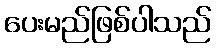
ပေးမည်ဖြစ်ပါသည်